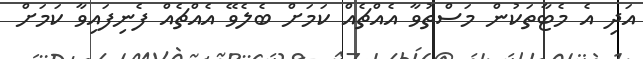
އަދި އެ މެޓާތަކުން މަސްތުވާ އެއްޗެއް ކަމަށް ބެލެވޭ އެއްޗެއް ފެނިފައިވާ ކަމަށް